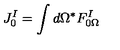
J _ { 0 } ^ { I } = \int d \Omega { } ^ { * } F _ { 0 \Omega } ^ { I }